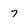
Character: 7